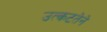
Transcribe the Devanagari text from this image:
उत्कटतेने